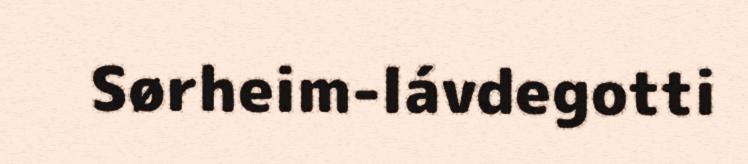
Sørheim-lávdegotti